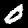
Label: 0